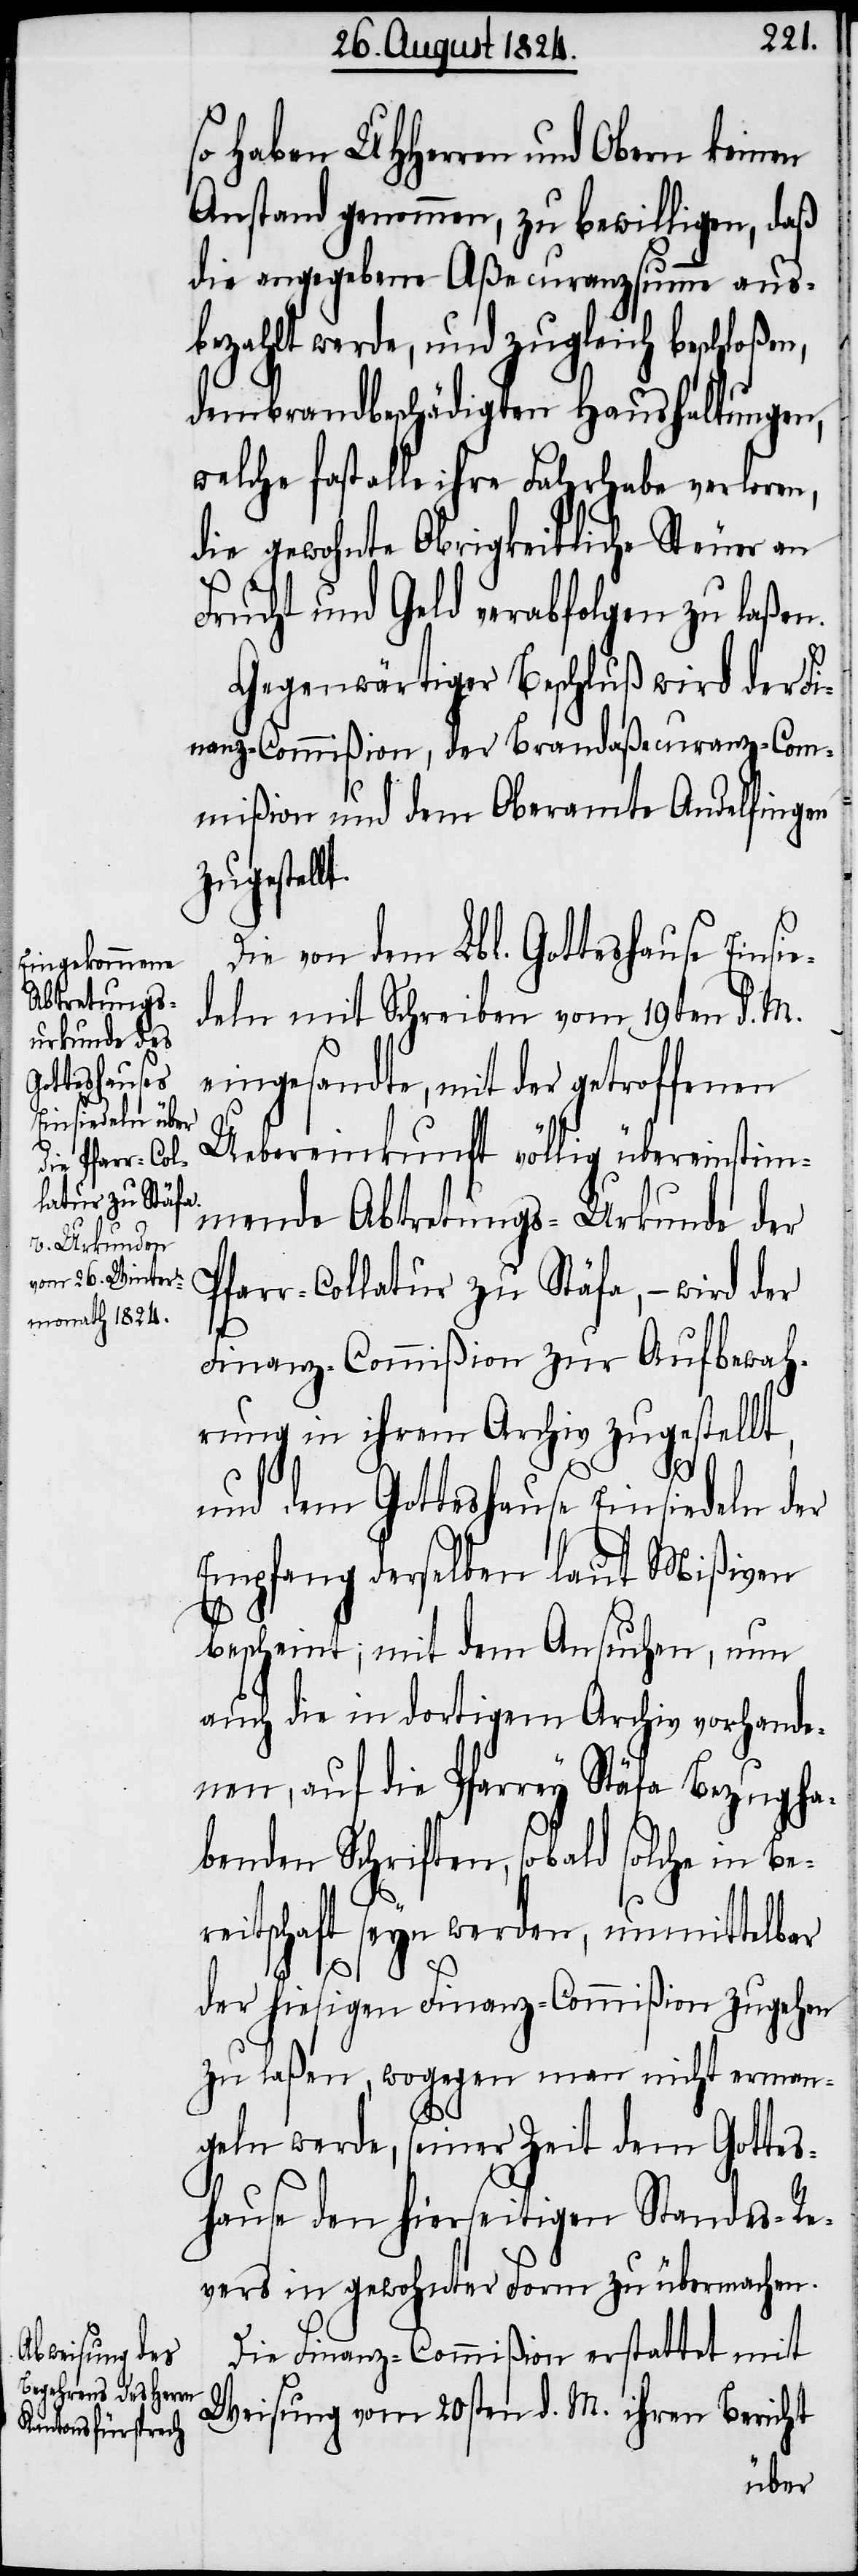
so haben UHHerren und Obern keinen
Anstand genommen, zu bewilligen, das
die angegebene Aßecuranzsumme aus¬
bezahlt werde, und zugleich beschloßen,
den brandbeschädigten Haushaltungen,
welche fast alle ihre Fahrhabe verloren,
die gewohnte Obrigkeitliche Steuer an
Frucht und Geld verabfolgen zu laßen.
Gegenwärtiger Beschluß wird der Fi¬
nanz-Commißion, der Brandaßecuranz-Com¬
mißion und dem Oberamte Andelfingen
zugestell¬
Die von dem Lbl. Gotteshause Einsie¬
deln mit Schreiben vom 19ten d. M.
eingesandte, mit der getroffenen
Uebereinkunft völlig übereinstim¬
mende Abtretungs-Urkunde der
Pfarr-Collatur zu Stäfa, – wird der
Finanz-Commißion zur Aufbewah¬
rung in ihrem Archiv zugestellt,
en,
und dem Gotteshause Einsiedeln der
Empfang derselben laut Mißiven
bescheint; mit dem Ansuchen, nun
auf die in dortigem Archiv vorhande¬
nen, auf die Pfarrey Stäfa Bezugha¬
benden Schriften, sobald solche in Be¬
reitschaft seyn werden, unmittelbar
der hiesigen Finanz-Commißion zugehen
zu laßen, wogegen man nicht erman¬
geln werde, seiner Zeit dem Gottes¬
hause den hierseitigen Standes-Re¬
vers in gewohnter Form zu übertragen.
Die Finanz-Commißion erstattet mit
Weisung vom 20sten d. M. ihren Bericht